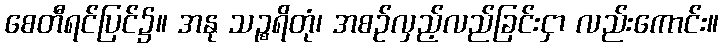
စေတီရင်ပြင်၌။ အနု သဉ္စရိတုံ၊ အစဉ်လှည့်လည်ခြင်းငှာ လည်းကောင်း။